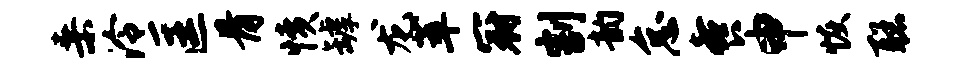
桑泠匡骨愤罅龙萃冠割韵怠餐申恢聪